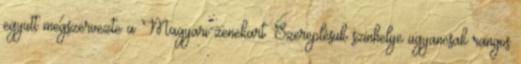
együtt megszervezte a Magyari zenekart. Szereplésük színhelye ugyancsak rangos